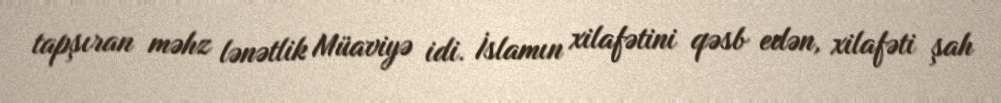
tapşıran məhz lənətlik Müaviyə idi. İslamın xilafətini qəsb edən, xilafəti şah